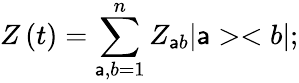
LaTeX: Z\left(t\right)=\sum_{\mathsf{a},b=1}^{n}Z_{\mathsf{a}b}|\mathsf{a}><b|;